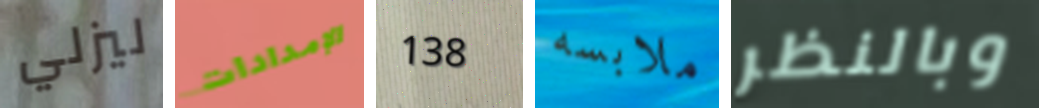
ليزلي الإمدادات 138 ملابسه وبالنظر